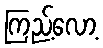
ကြည့်လော့